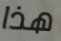
هذا